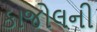
કાજોલની